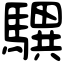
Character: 龭